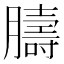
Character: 𦡴